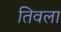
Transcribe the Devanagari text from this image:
तिवला